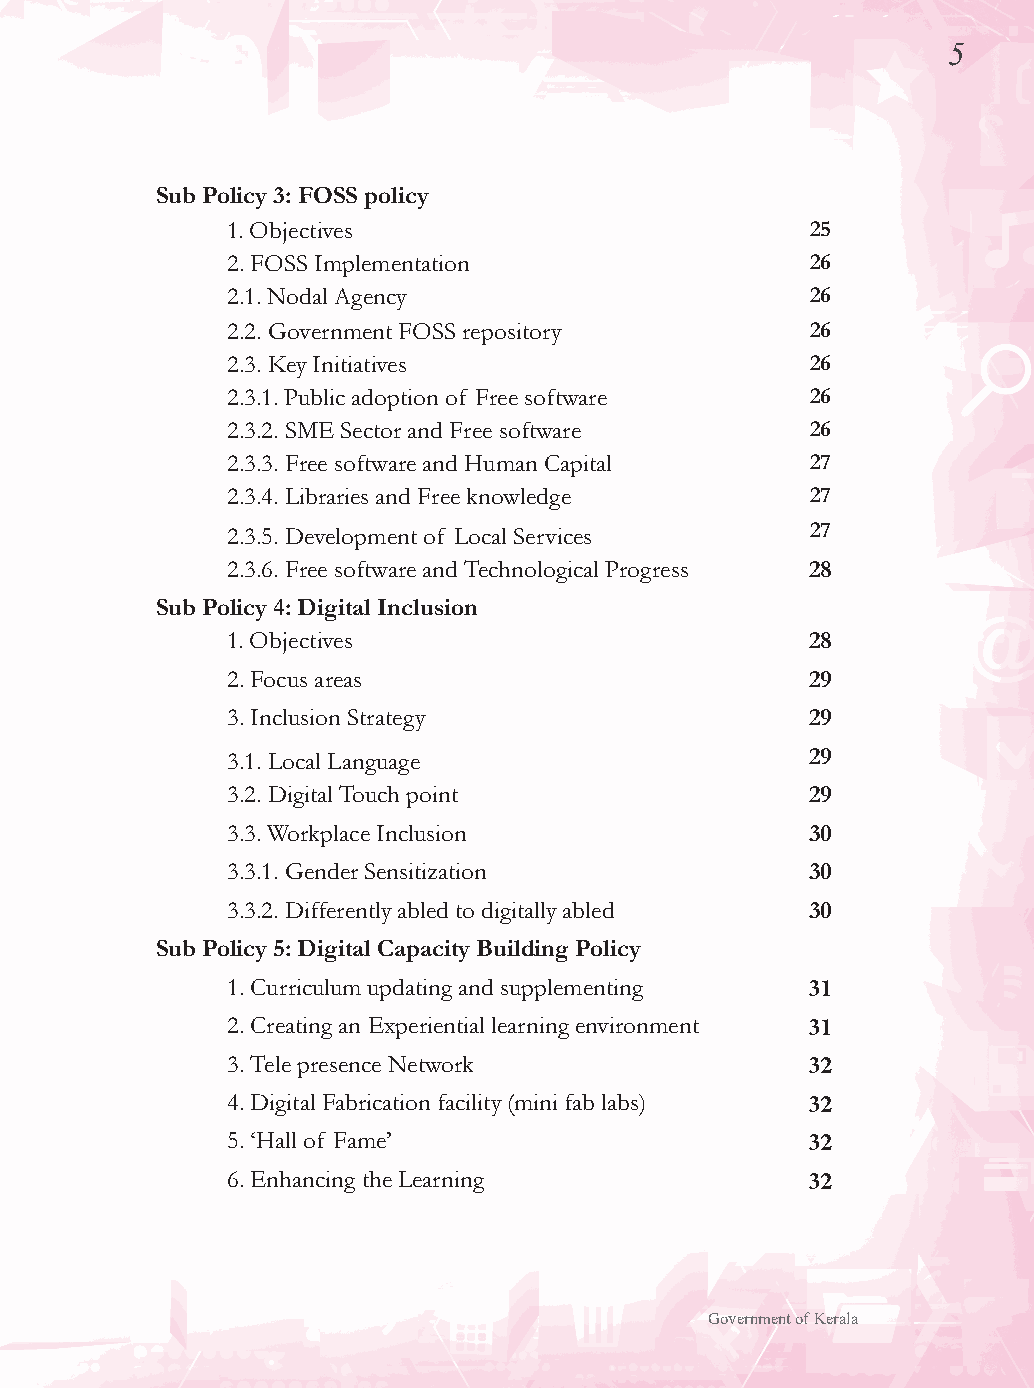
5
 4.5.3. State E mission Teams 15 Sub Policy 3: FOSS policy
 4.5.4. District E-governance Teams 15 1. Objectives   25
 4.5.5. LSG level implementation team 15 2. FOSS Implementation 26
 4.5.6. Capacity Building Programs for Government 16 2.1. Nodal Agency 26
 4.5.7. Digital Empowerment Campaign 16 2.2. Government FOSS repository 26
 4.6. Smart Village / Panchayat 16 2.3. Key Initiatives 26
 Sub Policy 2: Industry Facilitation policy 2.3.1. Public adoption of Free software 26
 1. Facilitate Setting up of Offices: 17 2.3.2. SME Sector and Free software 26
 2. Registration/Stamp Duty Concession 17 2.3.3. Free software and Human Capital 27
 3. Fiscal Incentives 18 2.3.4. Libraries and Free knowledge 27
 4. Other Incentives 18 2.3.5. Development of Local Services 27
 5. Electricity Connection and Tariff 19
 2.3.6. Free software and Technological Progress 28
 6. Simplification of Labour Laws 19
 Sub Policy 4: Digital Inclusion
 7. Private Infrastructure Projects (related to IT/ITeS) 20
 1. Objectives                          28
 7.1. Private IT parks 20
 2. Focus areas                         29
 7.2. Private IT buildings 20
 3. Inclusion Strategy                  29
 7.3.Commercial support spaces 20
 8. Development of Technology Parks 21 3.1. Local Language 29
 9. IT Infrastructure 21 3.2. Digital Touch point      29
 9.1. Telecom Infrastructure 21 3.3. Workplace Inclusion 30
 9.1.1. Shared Telecom Towers 21
 3.3.1. Gender Sensitization            30
 9.1.2. NetCo & other infrastructure sharing 22
 3.3.2. Differently abled to digitally abled 30
 9.1.3. Alternate Technologies 22
 Sub Policy 5: Digital Capacity Building Policy
 9.2. Kerala State Optical Fiber Network 22
 9.3. State Data Centers and Cloud 23 1. Curriculum updating and supplementing 31
 10. Investment facilitation 24 2. Creating an Experiential learning environment 31
 10.1. Advisory Committee 24 3. Tele presence Network 32
 10.2.Leveraging IT Assets 24
 4. Digital Fabrication facility (mini fab labs) 32
 10.3. Promoting Brand ‘Kerala IT’ 24
 5. ‘Hall of Fame’                     32
 10.3.1. Delegations 24
 6. Enhancing the Learning             32
 10.3.2. IT Expo Kerala 25
 Government of Kerala